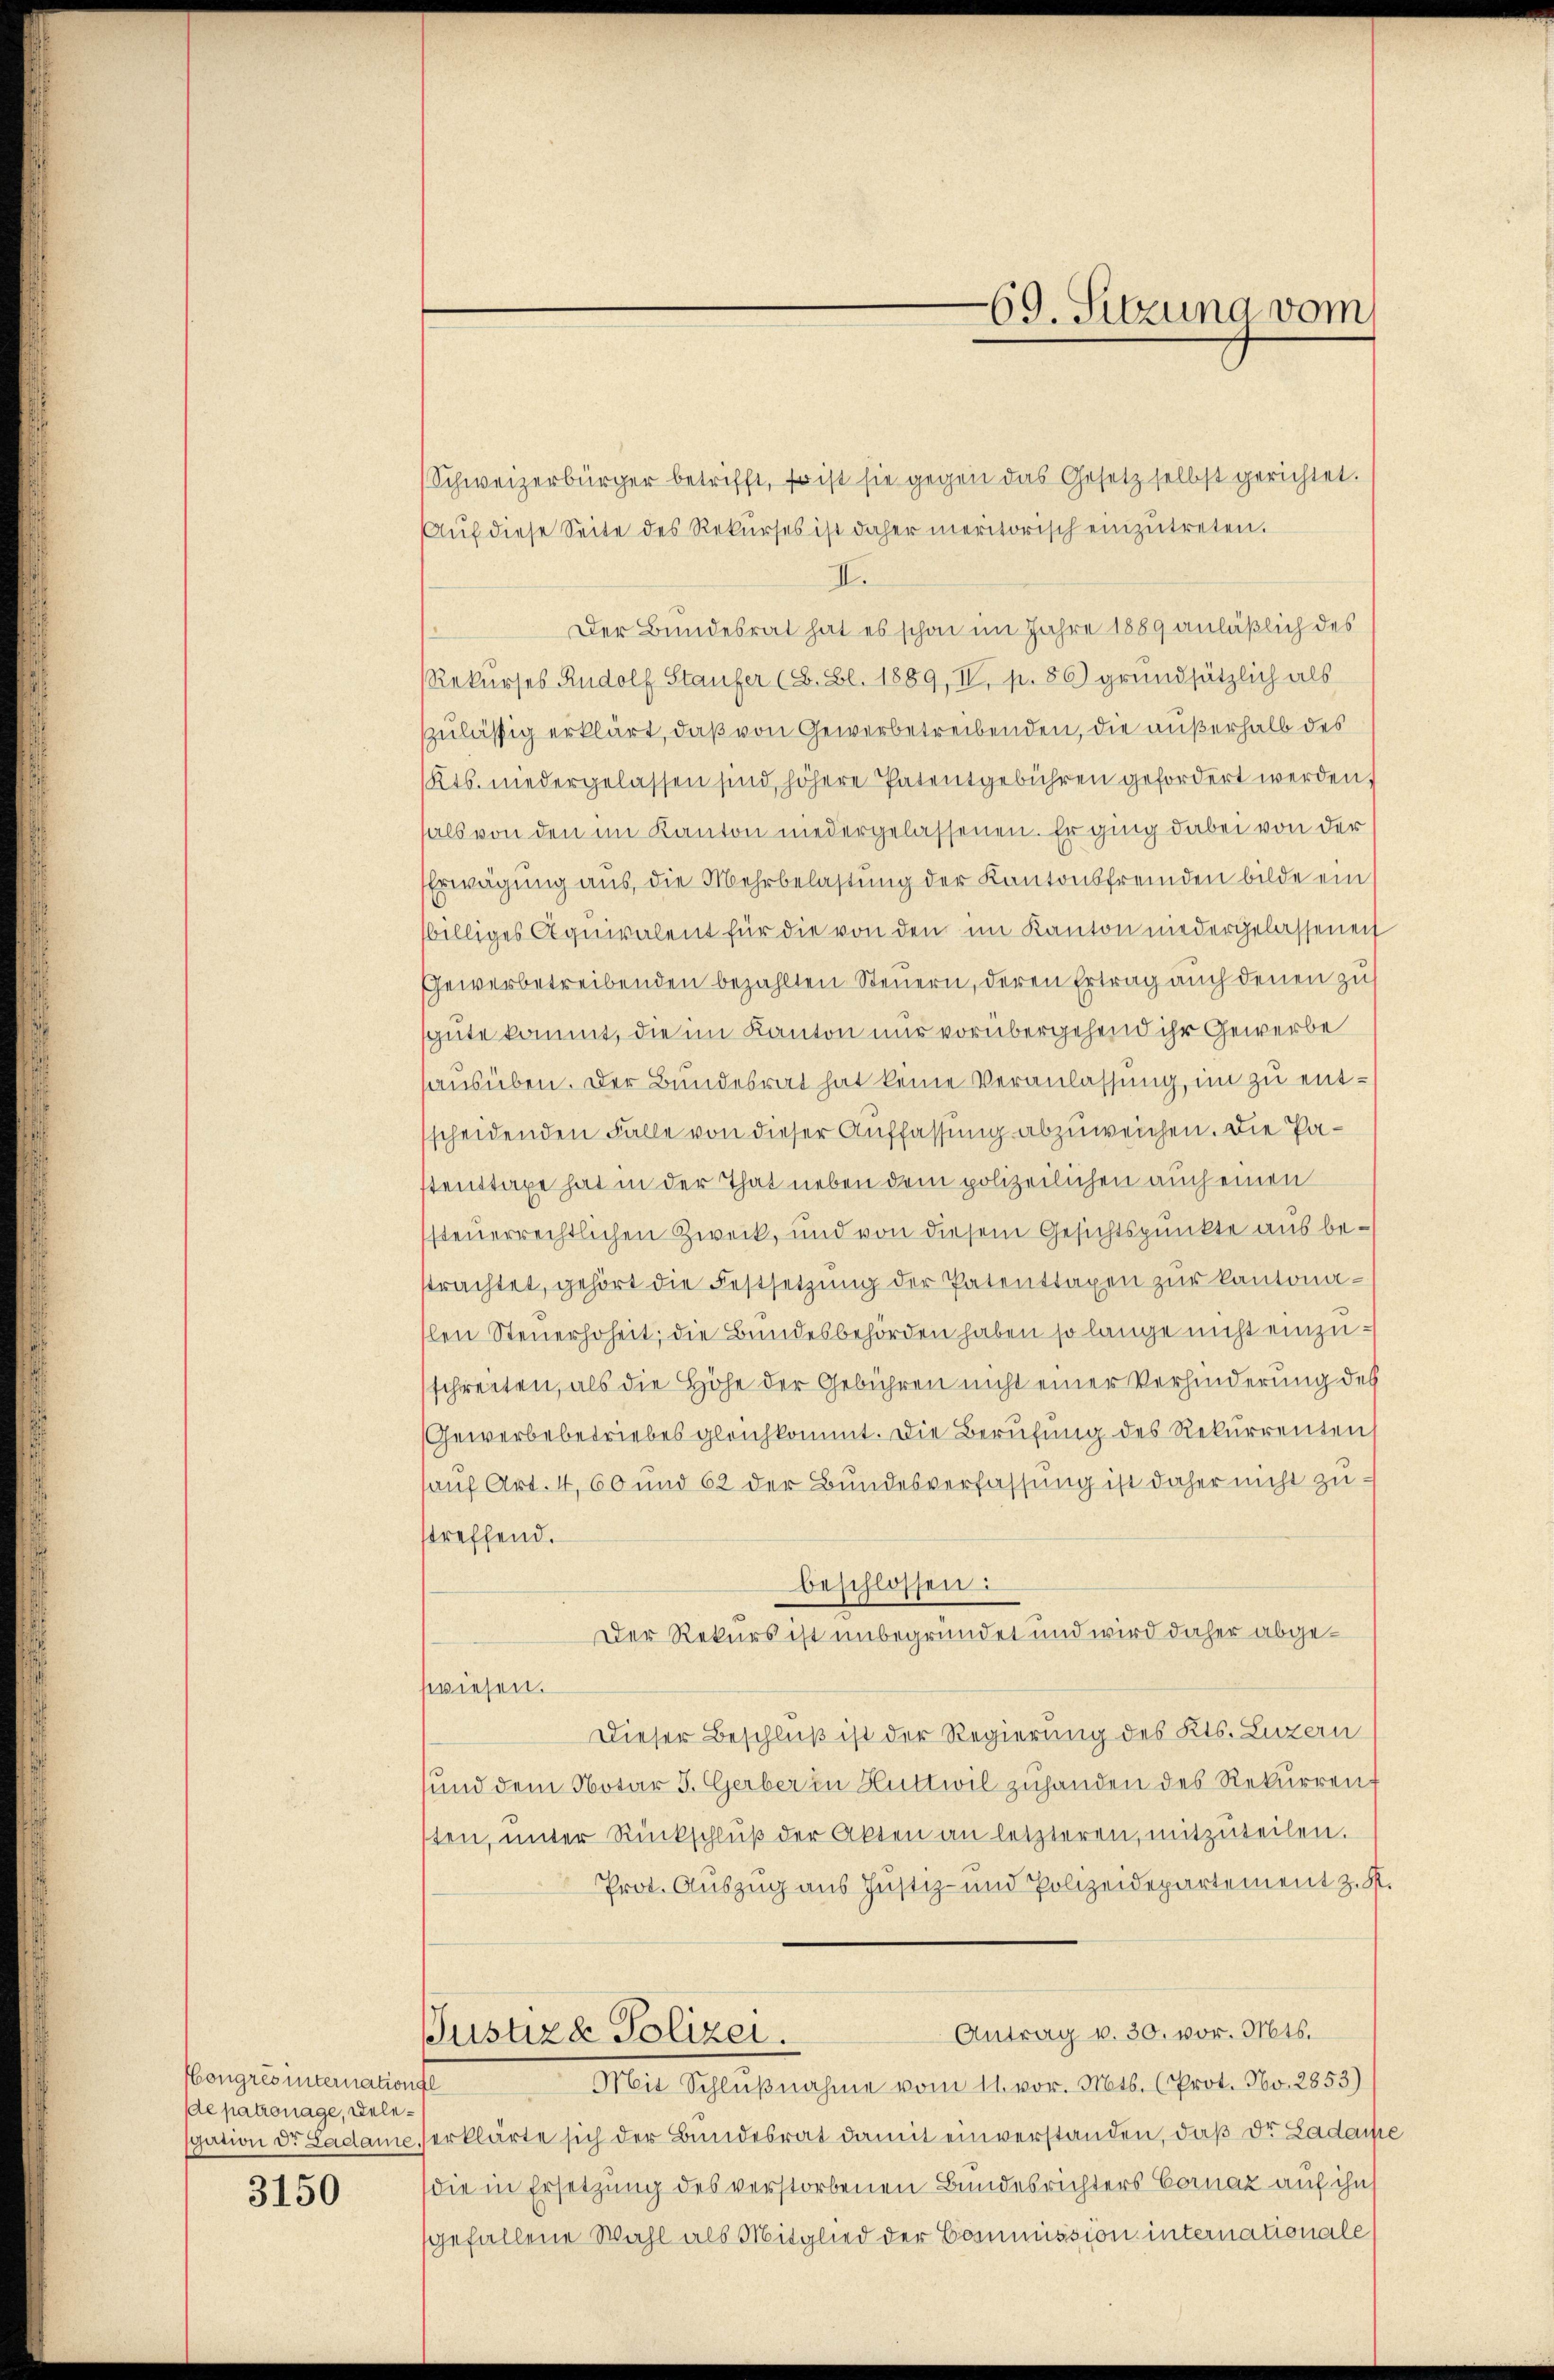
Hongres internationsl
de patronage, Delegation dr Ladame.

3150

Schweizerbürger betrifft, so ist sie gegen das Gesetz selbst gerichtet.
Aŭf diese Seite des Rekŭrses ist daher meritorisch einzŭtreten.
II.
Der Bundesrat hat es schon im Jahre 1889 anläßlich des
Rekurses Rudolf Staufer (S. Bl. 1889, IV, p. 86) grundsätzlich als
zulässig erklärt, daß von Gewerbetreibenden, die außerhalb des
Kts. niedergelassen sind, höhere Patentgebühren gefordert werden,
als von den im Kanton niedergelassenen. Er ging dabei von der
Erwägung aus, die Mehrbelastung der Kantonsfremden bilde ein
billiges Aquivalent für die von den im Kanton niedergelassenen
Gewerbetreibenden bezahlten Steuern, deren Ertrag auch denen zu
sgute kommt, die im Kanton nur vorübergehend ihr Gewerbe
ausüben. Der Bundesrat hat keine Veranlassung, im zu entscheidenden Falle von dieser Auffassung abzuweichen. Die Pastenstage hat in der That neben dem polizeilichen auch einen
ssteuerrechtlichen Zweck, und von diesem Gesichtspunkte aus betrachtet, gehört die Festsetzŭng der Patenttaxen zur kantonaslen Steuerhoheit, die Bundesbehörden haben so lange nicht einzuschreiten, als die Höhe der Gebühren nicht einer Verhinderung des
Gewerbebetriebes gleichkommt. Die Berufung des Rekurrenten
auf Art. 4, 60 und 62 der Bundesverfassung ist daher nicht zu-
streffend.
beschlossen:
Der Rekurs ist unbegründet und wird daher abgeswiesen.
Dieser Beschluß ist der Regierung des Kts. Luzern
und dem Notar J. Gerber in Huttwil zuhanden des Rekurrent
sten, unter Rückschluß der Akten an letzteren, mitzuteilen.
Prot. Auszug aus Justiz- und Polizeidepartement z. R.
Antrag v. 30. vor. Mts.
Justiza Polizei.
Mit Schlŭβnahme vom 11. vor. Mts. (Prot. No. 2853)
erklärte sich der Bundesrat damit einverstanden, daß der Ladacke
die in Ersetzung des verstorbenen Bundesrichters Cornaz auf ihn
gefallene Wahl als Mitglied der Commission internationale

69. Sitzung vom